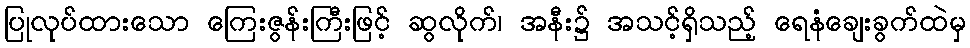
ပြုလုပ်ထားသော ကြေးဇွန်းကြီးဖြင့် ဆွလိုက်၊ အနီး၌ အသင့်ရှိသည့် ရေနံချေးခွက်ထဲမှ